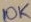
Text: 10K